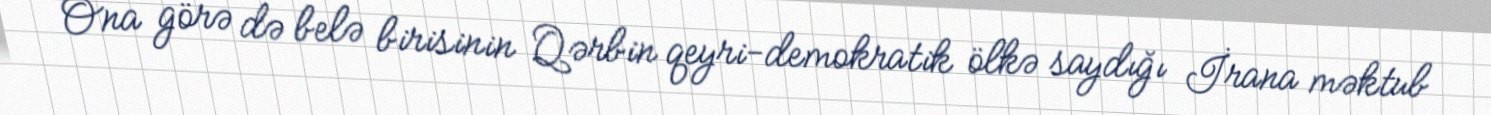
Ona görə də belə birisinin Qərbin qeyri-demokratik ölkə saydığı İrana məktub